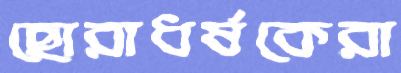
ছোরাধর্ষকেরা